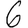
Digit: 6